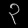
Digit: ၃